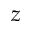
z